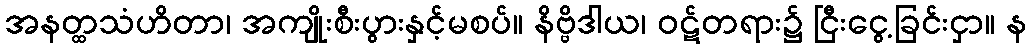
အနတ္ထသံဟိတာ၊ အကျိုးစီးပွားနှင့်မစပ်။ နိဗ္ဗိဒါယ၊ ဝဋ်တရား၌ ငြီးငွေ့ခြင်းငှာ။ န